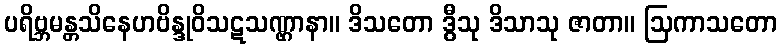
ပရိဗ္ဘမန္တသိနေဟဗိန္ဒုဝိသဋသဏ္ဌာနာ။ ဒိသတော ဒွီသု ဒိသာသု ဇာတာ။ ဩကာသတော